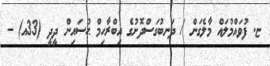
ޏ. ފުވައްމުލައް މާލެގަން / ދަނބުގަސްދޮށުގެ އިބްރާހިމް ޙުސައިން ދީދީ (33އ) -